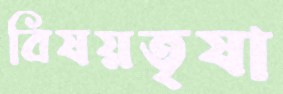
বিষয়তৃষা